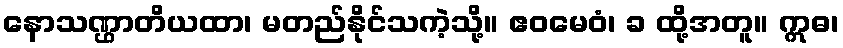
နောသဏ္ဌာတိယထာ၊ မတည်နိုင်သကဲ့သို့။ ဧဝမေဝံ၊ ခ ထို့အတူ။ ဣဓ၊